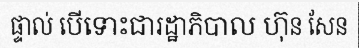
ផ្ទាល់ បើទោះជារដ្ឋាភិបាល ហ៊ុន សែន